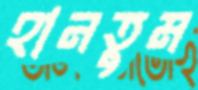
হানতুম